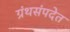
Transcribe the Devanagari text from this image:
ग्रंथसंपदेत